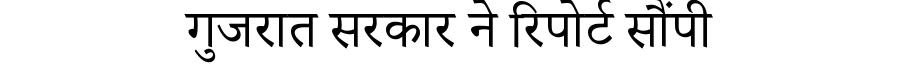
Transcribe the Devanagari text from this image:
गुजरात सरकार ने रिपोर्ट सौंपी